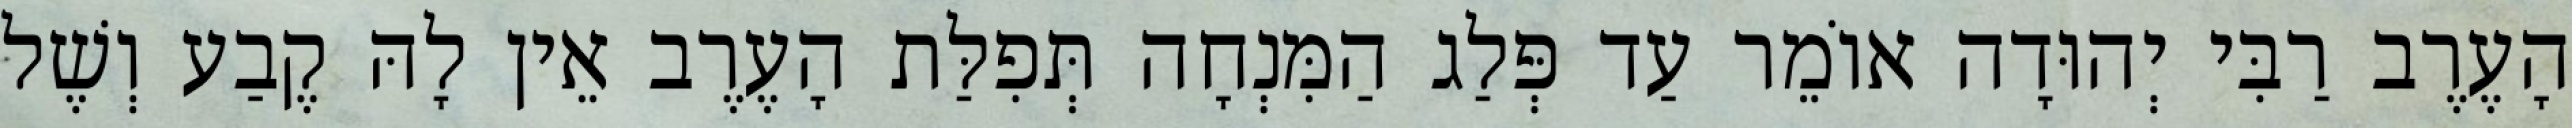
הָעֶרֶב רַבִּי יְהוּדָה אוֹמֵר עַד פְּלַג הַמִּנְחָה תְּפִלַּת הָעֶרֶב אֵין לָהּ קֶבַע וְשֶׁל